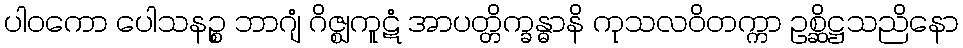
ပါဝကော ပေါသနဉ္စ ဘာဂျံ ဂိဇ္ဈကူဋံ အာပတ္တိက္ခန္ဓာနိ ကုသလဝိတက္ကာ ဥစ္ဆိဋ္ဌသညိနော